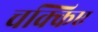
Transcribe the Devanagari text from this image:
चक्किए